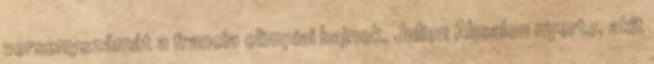
versenyszámát a francia olimpiai bajnok, Julien Absalon nyerte, akit